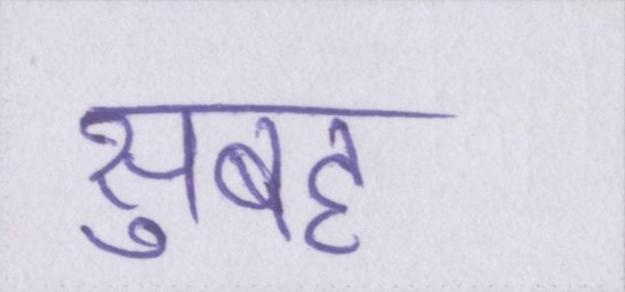
सुबह